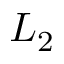
L _ { 2 }